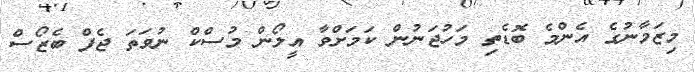
މިޒަމާނުގެ އެންމެ ބޮޑެތި މަހުޖަނުން ކަމަށްވާ އީލޯން މުސްކް ނުވަތަ ޖެފް ބެޒޯސް